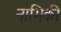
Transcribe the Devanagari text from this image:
नाभिकी